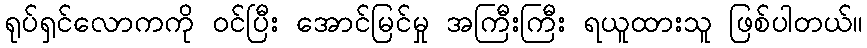
ရုပ်ရှင်လောကကို ဝင်ပြီး အောင်မြင်မှု အကြီးကြီး ရယူထားသူ ဖြစ်ပါတယ်။